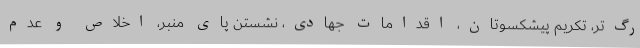
رگ‌تر، تکریم پیشکسوتان، اقدامات جهادی، نشستن پای منبر، اخلاص و عدم